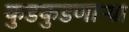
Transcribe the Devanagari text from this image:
कुडकुडणाऱ्या